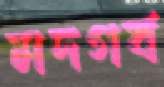
মদগর্ব